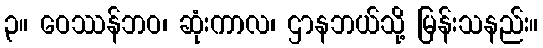
၃။ ဝေဿန်ဘဝ၊ ဆုံးကာလ၊ ဌာနဘယ်သို့ မြန်းသနည်း။